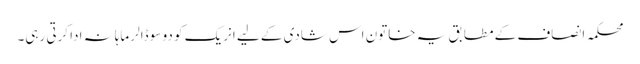
محکمہ انصاف کے مطابق یہ خاتون اس شادی کے لیے انریک کو دو سو ڈالر ماہانہ ادا کرتی رہی۔